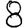
Digit: 8